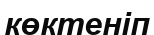
көктеніп